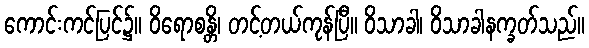
ကောင်းကင်ပြင်၌။ ဝိရောစန္တိ၊ တင့်တယ်ကုန်ပြီ။ ဝိသာခါ၊ ဝိသာခါနက္ခတ်သည်။